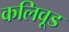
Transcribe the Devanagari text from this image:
कलिवूड